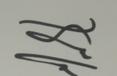
Signature authenticity: genuine